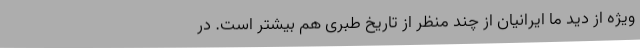
ویژه از دید ما ایرانیان از چند منظر از تاریخ طبری هم بیشتر است. در